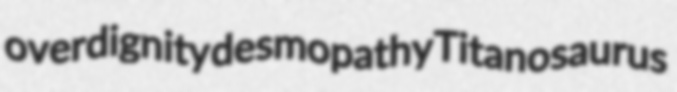
overdignity desmopathy Titanosaurus